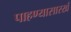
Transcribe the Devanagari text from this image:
पाहण्यासारखं